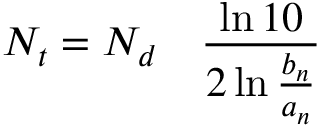
N _ { t } = N _ { d } \quad { \frac { \ln 1 0 } { 2 \ln { \frac { b _ { n } } { a _ { n } } } } }